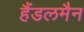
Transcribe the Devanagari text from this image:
हैंडलमैन